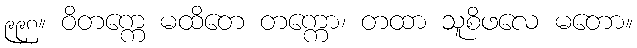
၉၉၈။ ဝိတက္ကေ မထိတေ တက္ကော၊ တထာ သူစိဖလေ မတော။